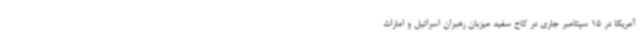
آمریکا در 15 سپتامبر جاری در کاخ سفید میزبان رهبران اسرائیل و امارات